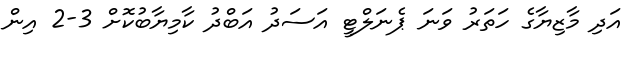
އަދި މާޒިޔާގެ ހަތަރު ވަނަ ޕެނަލްޓީ އަސަދު އަބްދު ކާމިޔާބުކޮށް 3-2 އިން